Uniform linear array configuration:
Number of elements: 64
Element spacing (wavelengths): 0.5
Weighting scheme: kaiser
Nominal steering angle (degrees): -60
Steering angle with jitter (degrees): -59.696
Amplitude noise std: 0.05
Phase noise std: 0.05

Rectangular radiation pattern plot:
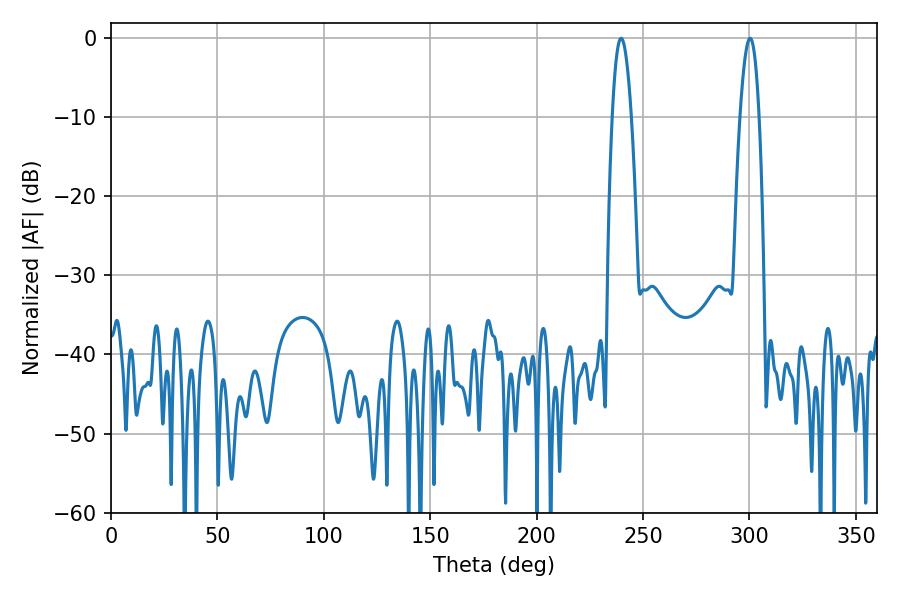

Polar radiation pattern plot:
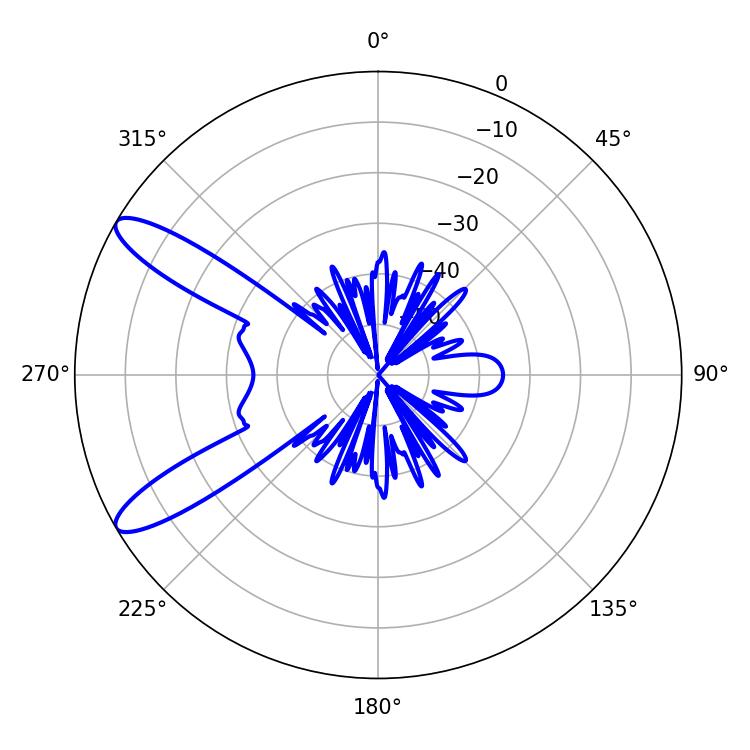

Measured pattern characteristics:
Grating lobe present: FALSE
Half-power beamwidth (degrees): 4.86
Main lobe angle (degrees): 239.76